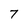
Character: 7